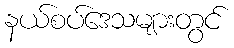
နယ်စပ်ဒေသများတွင်